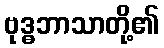
ဗုဒ္ဓဘာသာတို့၏